Rangoon Lunatic Asylum 1878-1892 - 1878-1892
Year: 1878
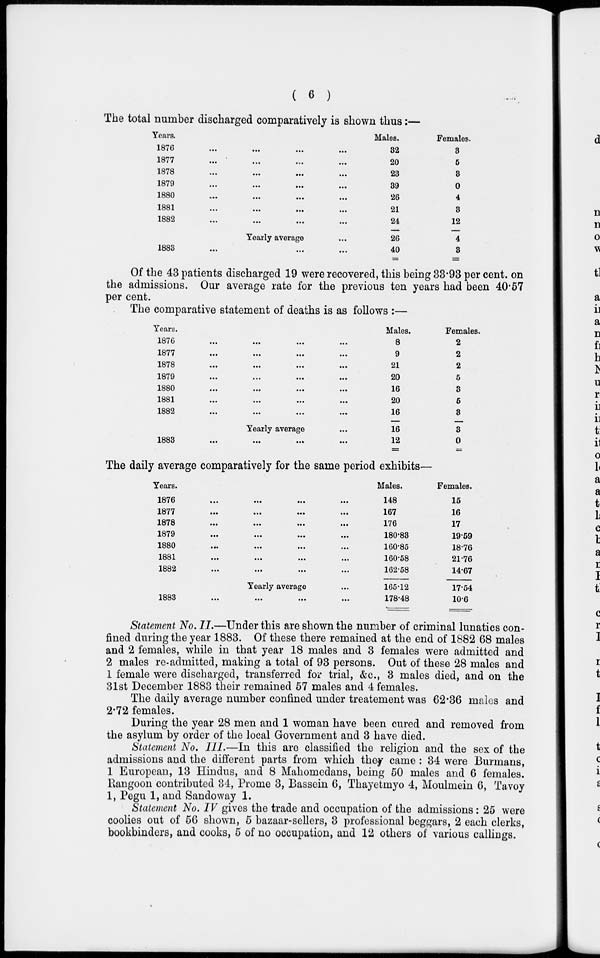
( 6 )
The total number discharged comparatively is shown thus:—
Years.
1876
...
...
...
...
1877 ... ... ... ...
1878
...
...
...
...
1879 ... ... ... ...
1880 ... ... ... ...
1881
...
...
...
...
1882
...
...
...
...
Yearly average ...
1883
...
...
...
...
Males.
32
20
23
39
26
21
24
26
40
Females.
3
5
3
0
4
3
12
4
3
Of the 43 patients discharged 19 were recovered, this being 33.93 per cent. on
the admissions. Our average rate for the previous ten years had been 40.57
per cent.
The comparative statement of deaths is as follows :—
Years.
1879
...
...
...
...
1877
...
...
...
...
1878
...
...
...
...
1879
...
...
...
...
1880
...
...
...
...
1881
...
...
...
...
1882 ... ... ... ...
Yearly average ...
1883
...
...
...
...
Males.
8
9
21
20
16
20
16
16
12
Females.
2
2
2
5
3
5
3
3
0
The daily average comparatively for the same period exhibits—
Years.
1876
...
...
...
...
1877
...
...
...
...
1878
...
...
...
...
1879
...
...
...
...
1880
...
...
...
...
1881
...
...
...
...
1882
...
...
...
...
Yearly average ...
1883
...
...
...
...
Males.
148
167
176
180.83
160.85
160.58
162.58
165.12
178.48
Females.
15
16
17
19.59
18.76
21.76
14.67
17.54
10.6
Statement No. II.—Under this are shown the number of criminal lunatics con-
fined during the year 1883. Of these there remained at the end of 1882 68 males
and 2 females, while in that year 18 males and 3 females were admitted and
2 males re-admitted, making a total of 93 persons. Out of these 28 males and
1 female were discharged, transferred for trial, &c., 3 males died, and on the
31st December 1883 their remained 57 males and 4 females.
The daily average number confined under treatement was 62.36 males and
2.72 females.
During the year 28 men and 1 woman have been cured and removed from
the asylum by order of the local Government and 3 have died.
Statement No. III.—In this are classified the religion and the sex of the
admissions and the different parts from which they came : 34 were Burmans,
1 European, 13 Hindus, and 8 Mahomedans, being 50 males and 6 females.
Rangoon contributed 34, Prome 3, Bassein 6, Thayetmyo 4, Moulmein 6, Tavoy
1, Pegu 1, and Sandoway 1.
Statement No. IV gives the trade and occupation of the admissions : 25 were
coolies out of 56 shown, 5 bazaar-sellers, 3 professional beggars, 2 each clerks,
bookbinders, and cooks, 5 of no occupation, and 12 others of various callings.